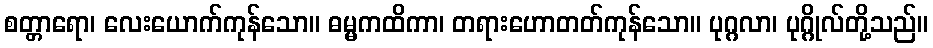
စတ္တာရော၊ လေးယောက်ကုန်သော။ ဓမ္မကထိကာ၊ တရားဟောတတ်ကုန်သော။ ပုဂ္ဂလာ၊ ပုဂ္ဂိုလ်တို့သည်။